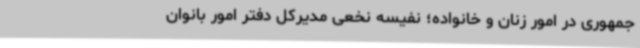
جمهوری در امور زنان و خانواده؛ نفیسه نخعی مدیرکل دفتر امور بانوان